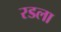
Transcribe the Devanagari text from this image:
रडला